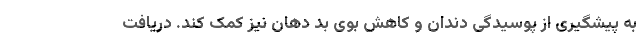
به پیشگیری از پوسیدگی دندان و کاهش بوی بد دهان نیز کمک کند. دریافت